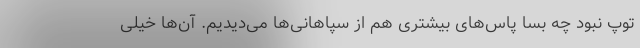
توپ نبود چه بسا پاس‌های بیشتری هم از سپاهانی‌ها می‌دیدیم. آن‌ها خیلی